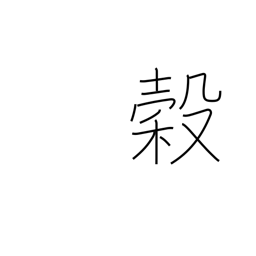
Meaning: grain